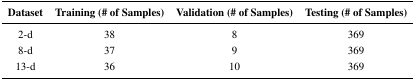
| Dataset | Training (# of Samples) | Validation (# of Samples) | Testing (# of Samples) |
 | --- | --- | --- | --- |
 | 2-d | 38 | 8 | 369 |
 | 8-d | 37 | 9 | 369 |
 | 13-d | 36 | 10 | 369 |